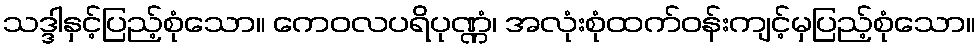
သဒ္ဒါနှင့်ပြည့်စုံသော။ ကေဝလပရိပုဏ္ဏံ၊ အလုံးစုံထက်ဝန်းကျင့်မှပြည့်စုံသော။